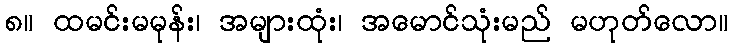
၈။ ထမင်းမမုန်း၊ အများထုံး၊ အမောင်သုံးမည် မဟုတ်လော။